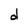
Character: d